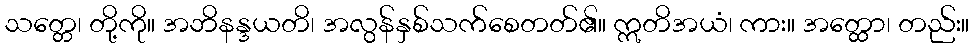
သတ္တေ၊ တို့ကို။ အဘိနန္ဒယတိ၊ အလွန်နှစ်သက်စေတတ်၏။ ဣတိအယံ၊ ကား။ အတ္ထော၊ တည်း။